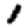
Digit: 1